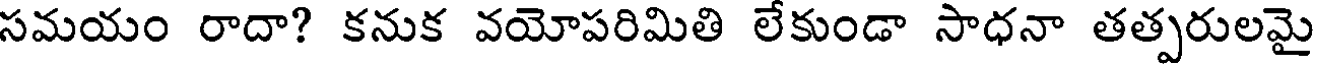
సమయం రాదా? కనుక వయోపరిమితి లేకుండా సాధనా తత్పరులమై